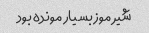
شیر موز بسیار مونده بود